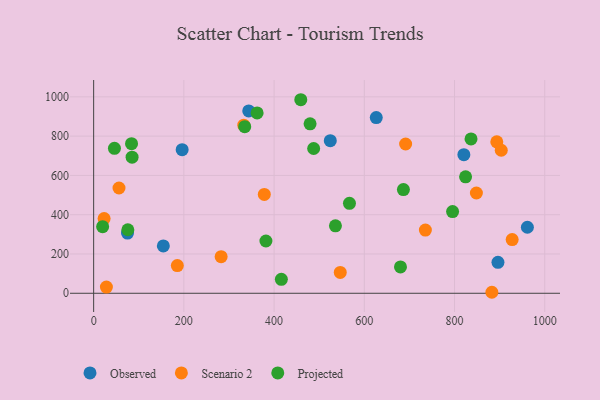
{"axis": {"x": "Ad Spend", "y": "Rating"}, "legend": ["Observed", "Projected", "Scenario 2"], "data": [{"x": "961.5", "y": 336.2, "type": "Observed"}, {"x": "343.8", "y": 928.3, "type": "Observed"}, {"x": "75.1", "y": 306.3, "type": "Observed"}, {"x": "820.7", "y": 705.8, "type": "Observed"}, {"x": "896.3", "y": 157.7, "type": "Observed"}, {"x": "524.6", "y": 777.1, "type": "Observed"}, {"x": "154.5", "y": 240.9, "type": "Observed"}, {"x": "196.2", "y": 731.3, "type": "Observed"}, {"x": "626.5", "y": 894.5, "type": "Observed"}, {"x": "185.5", "y": 141.0, "type": "Scenario 2"}, {"x": "927.8", "y": 273.6, "type": "Scenario 2"}, {"x": "691.6", "y": 760.0, "type": "Scenario 2"}, {"x": "282.6", "y": 186.5, "type": "Scenario 2"}, {"x": "882.8", "y": 5.1, "type": "Scenario 2"}, {"x": "28.3", "y": 31.5, "type": "Scenario 2"}, {"x": "893.7", "y": 771.1, "type": "Scenario 2"}, {"x": "546.7", "y": 106.1, "type": "Scenario 2"}, {"x": "56.2", "y": 536.0, "type": "Scenario 2"}, {"x": "332.8", "y": 855.6, "type": "Scenario 2"}, {"x": "903.6", "y": 728.2, "type": "Scenario 2"}, {"x": "378.3", "y": 503.5, "type": "Scenario 2"}, {"x": "23.2", "y": 380.3, "type": "Scenario 2"}, {"x": "848.5", "y": 510.4, "type": "Scenario 2"}, {"x": "735.4", "y": 321.6, "type": "Scenario 2"}, {"x": "416.1", "y": 71.1, "type": "Projected"}, {"x": "567.1", "y": 458.0, "type": "Projected"}, {"x": "75.8", "y": 323.3, "type": "Projected"}, {"x": "459.2", "y": 985.4, "type": "Projected"}, {"x": "362.4", "y": 918.4, "type": "Projected"}, {"x": "381.9", "y": 266.2, "type": "Projected"}, {"x": "85.2", "y": 692.9, "type": "Projected"}, {"x": "19.9", "y": 338.9, "type": "Projected"}, {"x": "680.2", "y": 134.0, "type": "Projected"}, {"x": "479.8", "y": 862.5, "type": "Projected"}, {"x": "795.7", "y": 416.2, "type": "Projected"}, {"x": "824.5", "y": 592.9, "type": "Projected"}, {"x": "686.7", "y": 527.9, "type": "Projected"}, {"x": "836.6", "y": 785.7, "type": "Projected"}, {"x": "487.7", "y": 737.1, "type": "Projected"}, {"x": "536.0", "y": 343.6, "type": "Projected"}, {"x": "334.9", "y": 848.4, "type": "Projected"}, {"x": "46.1", "y": 738.1, "type": "Projected"}, {"x": "84.0", "y": 761.5, "type": "Projected"}]}